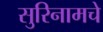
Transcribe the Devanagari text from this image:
सुरिनामचे